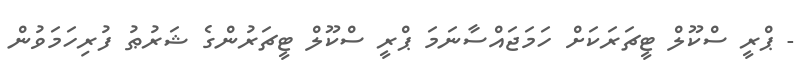
- ޕްރީ ސްކޫލް ޓީޗަރަކަށް ހަމަޖައްސާނަމަ ޕްރީ ސްކޫލް ޓީޗަރުންގެ ޝަރުޠު ފުރިހަމަވުން